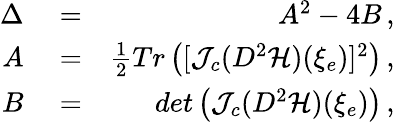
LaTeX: \begin{array}{rlr}{\Delta}&{{}=}&{A^{2}-4B\, ,}\\ {A}&{{}=}&{\frac{1}{2}Tr\left([{\mathcal{J}}_{c}(D^{2}{\mathcal{H}})(\xi_{e})]^{2}\right)\, ,}\\ {B}&{{}=}&{det\left({\mathcal{J}}_{c}(D^{2}{\mathcal{H}})(\xi_{e})\right)\, ,}\end{array}